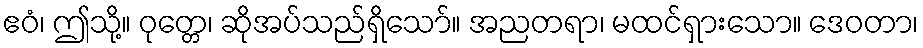
ဧဝံ၊ ဤသို့။ ဝုတ္တေ၊ ဆိုအပ်သည်ရှိသော်။ အညတရာ၊ မထင်ရှားသော။ ဒေဝတာ၊